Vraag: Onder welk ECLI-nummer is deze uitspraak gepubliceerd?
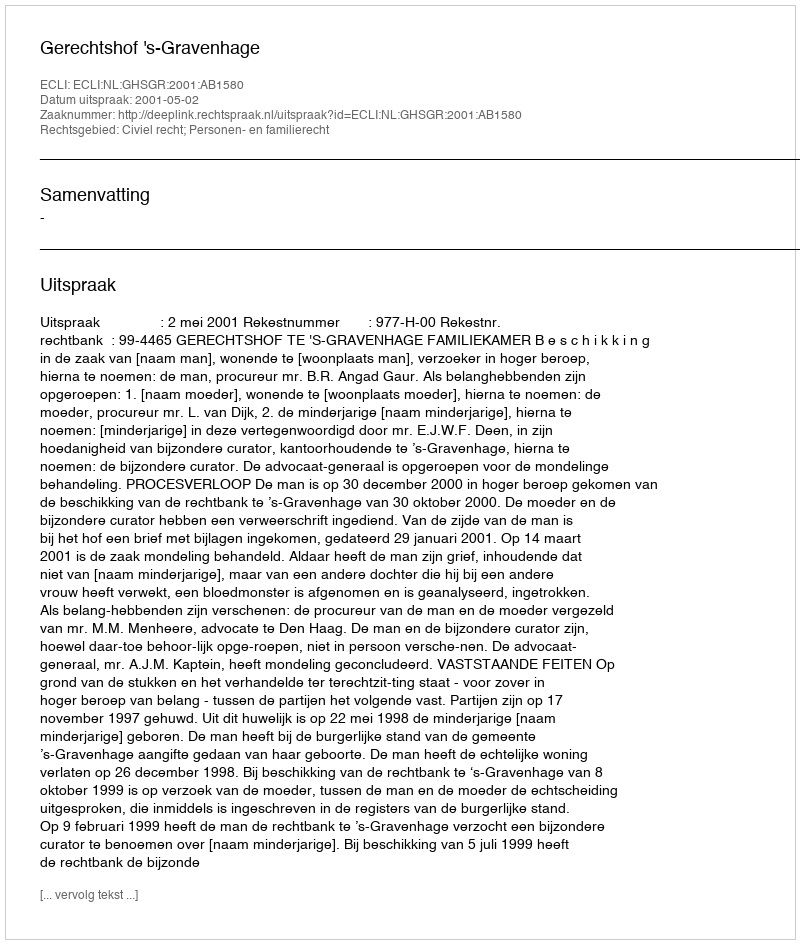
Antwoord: ECLI:NL:GHSGR:2001:AB1580